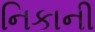
નિકાની